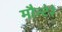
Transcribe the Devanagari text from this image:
मौन्टेरे